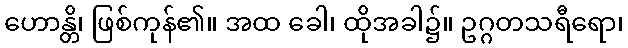
ဟောန္တိ၊ ဖြစ်ကုန်၏။ အထ ခေါ၊ ထိုအခါ၌။ ဥဂ္ဂတသရီရော၊